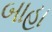
બાહા